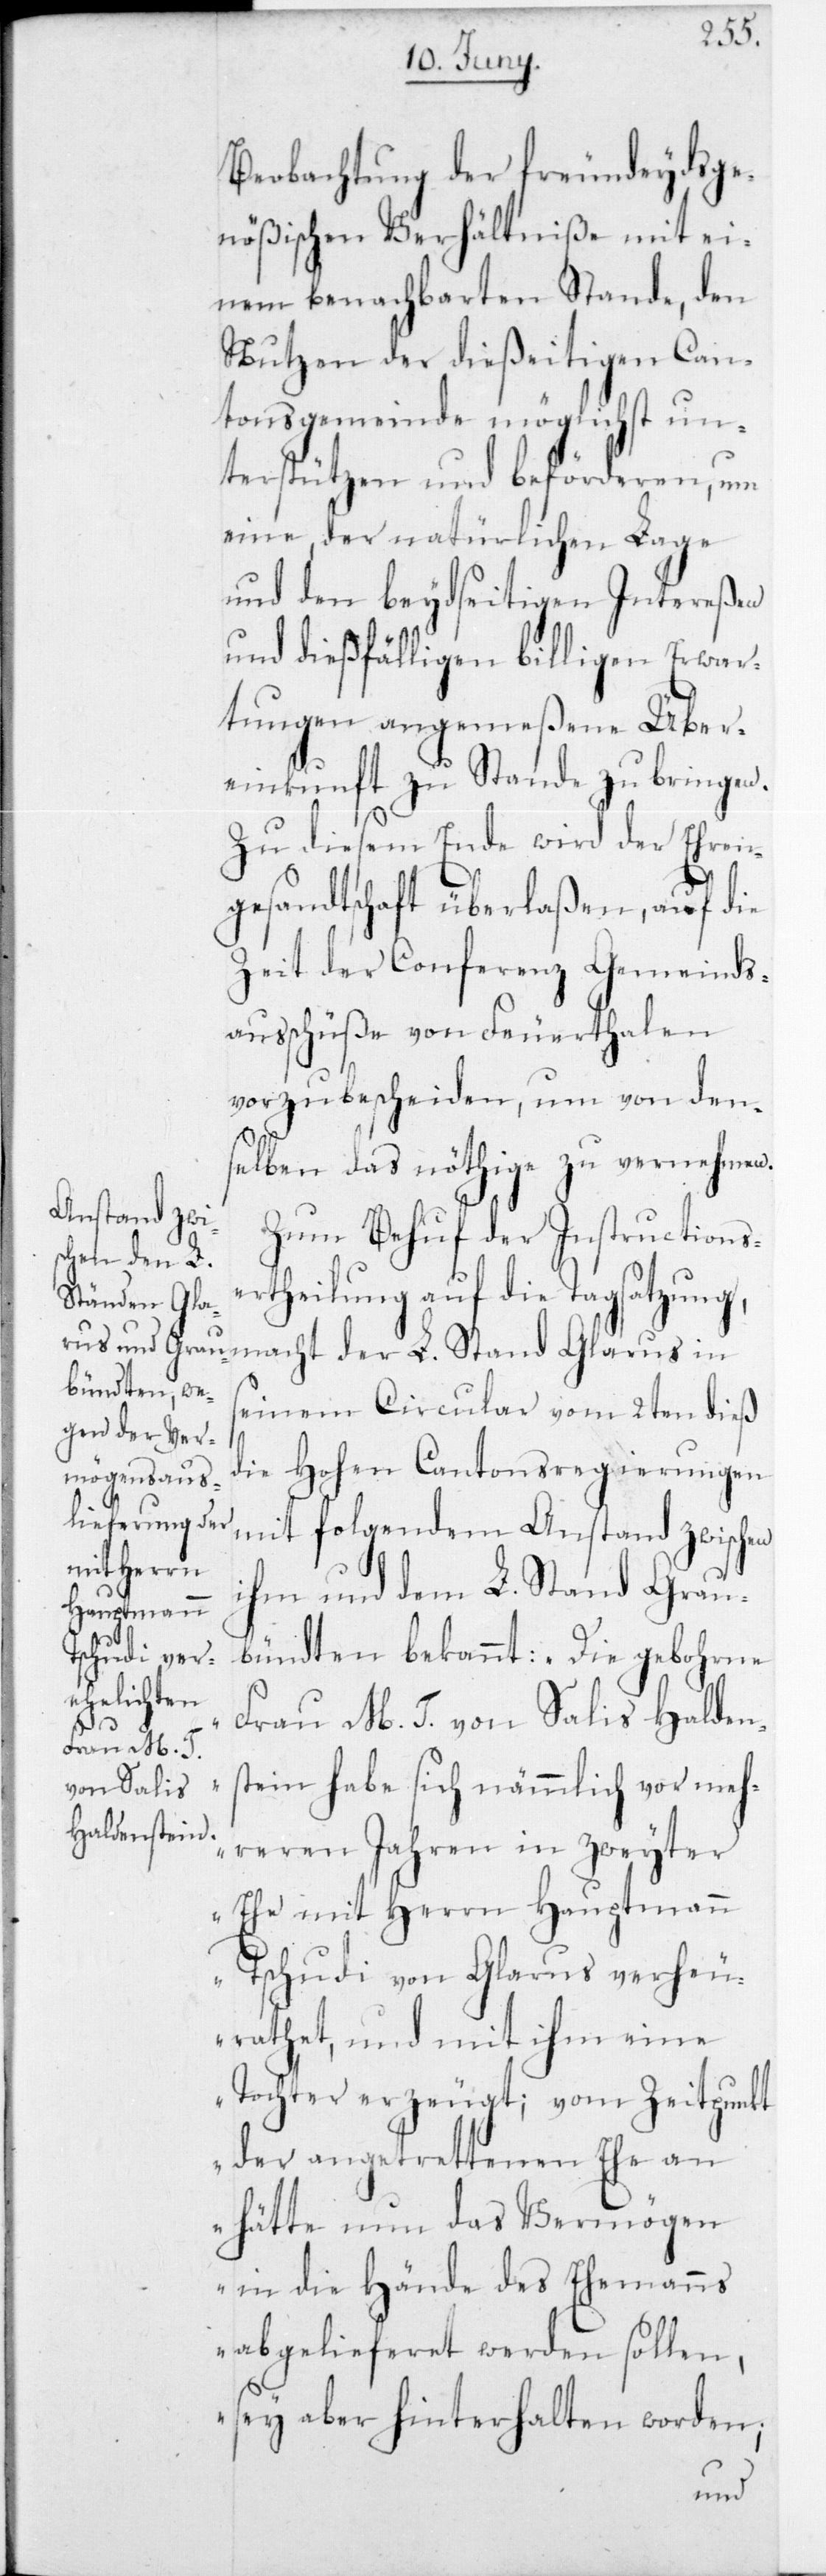
Beobachtung der freundeydsge¬
nößischen Verhältniße mit ei¬
nem benachbarten Stande, den
Nutzen der dießeitigen Can¬
tonsgemeinde möglichst un¬
terstützen und beförderen, um
eine, der natürlichen Lage
und den beydseitigen Intereßen
und dießfälligen billigen Erwar¬
tungen angemeßene Über¬
einkunft zu Stande zu bringen.
Zu diesem Ende wird der Ehren¬
gesandtschaft überlaßen, auf die
Zeit der Conferenz Gemeinds¬
ausschüße von Feuerthalen
vorzubescheiden, um von den¬
selben das nöthige zu vernehmen.
Zum Behuf der Instructions¬
ertheilung auf die Tagsatzung,
macht der L. Stand Glarus in
seinem Circular vom 2ten dieß
die Hohen Cantonsregierungen
mit folgendem Anstand zwischen
ihm und dem L. Stand Grau¬
bündten bekannt: „Die gebohrne
Frau M. T. von Salis Halden¬
stein habe sich nämmlich vor meh¬
reren Jahren in zweyter
Ehe mit Herrn Hauptmann
Tschudi von Glarus verheu¬
rathet, und mit ihm eine
Tochter erzeugt; vom Zeitpunkt
der angetrettenen Ehe an
hätte nun das Vermögen
in die Hände des Ehemanns
abgelieferet werden sollen,
sey aber hinterhalten worden;